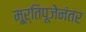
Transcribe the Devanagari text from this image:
मू्र्तिपूजेनंतर